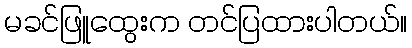
မခင်ဖြူထွေးက တင်ပြထားပါတယ်။